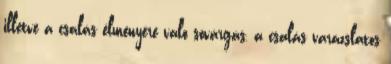
illetve a csalás élményére való sóvárgás, a csalás varázslatos